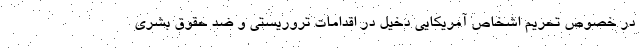
در خصوص تحریم اشخاص آمریکایی دخیل در اقدامات تروریستی و ضد حقوق بشری